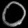
Digit: ၀